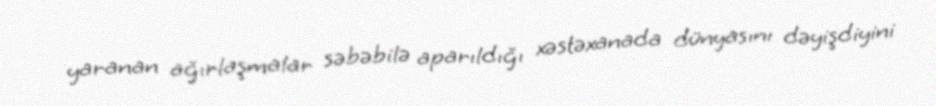
yaranan ağırlaşmalar səbəbilə aparıldığı xəstəxanada dünyasını dəyişdiyini